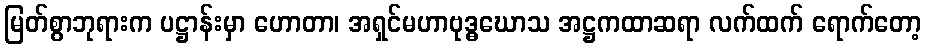
မြတ်စွာဘုရားက ပဋ္ဌာန်းမှာ ဟောတာ၊ အရှင်မဟာဗုဒ္ဓဃောသ အဋ္ဌကထာဆရာ လက်ထက် ရောက်တော့